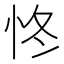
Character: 㤏